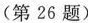
(第26题)